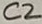
Text: C2